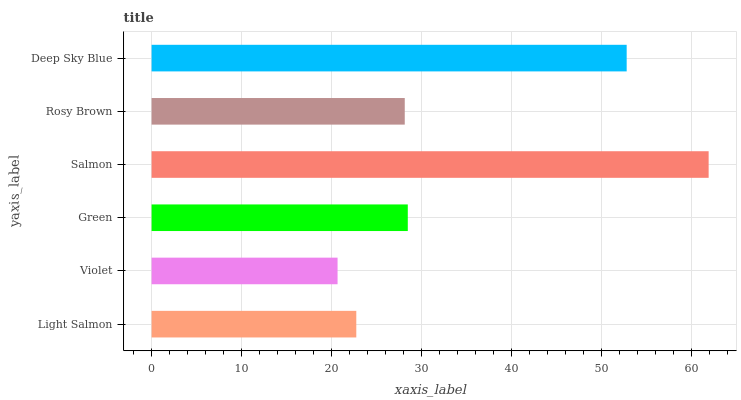
| yaxis_label | bars |
 | --- | --- |
 | Light Salmon | 22.7 |
 | Violet | 20.7 |
 | Green | 28.4 |
 | Salmon | 61.9 |
 | Rosy Brown | 28.1 |
 | Deep Sky Blue | 52.8 |